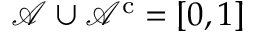
{ \mathcal { A } } \cup { \mathcal { A } } ^ { \mathrm { c } } = [ 0 , 1 ]